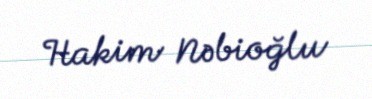
Hakim Nəbioğlu